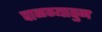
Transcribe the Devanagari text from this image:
पाळण्यातुन